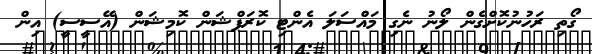
ގޯތި ރަހުނުކޮށްގެން ލޯނު ނެގި މައްސަލަ އެންޓި ކޮރަޕްޝަން ކޮމިޝަން (އޭސީސީ) އިން